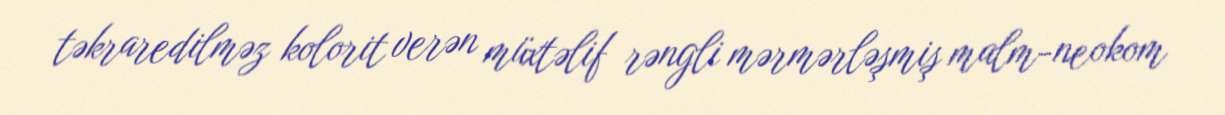
təkraredilməz kolorit verən müxtəlif rəngli mərmərləşmiş malm-neokom